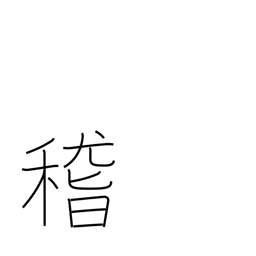
Meaning: consider